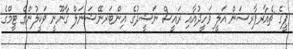
ޕީގެ ޗެއާރޕާރސަން އަލީ ވަހީދުއާއި ރައީސް ނަޝީދުގެ އިންޓަރނޭޝަނަލް ޤާނޫނީ ވަކީލުންގެ ޓީމްގެ